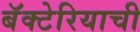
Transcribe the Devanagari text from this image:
बॅक्टेरियाची